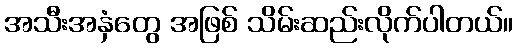
အသီးအနှံတွေ အဖြစ် သိမ်းဆည်းလိုက်ပါတယ်။